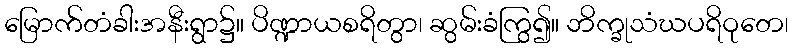
မြောက်တံခါးအနီးရွာ၌။ ပိဏ္ဍာယစရိတွာ၊ ဆွမ်းခံကြွ၍။ ဘိက္ခုသံဃပရိဝုတေ၊